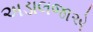
અડાલજાએ